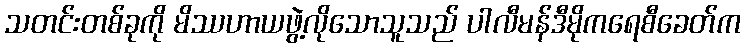
သတင်းတစ်ခုကို မိဿဟာယဖွဲ့လိုသောသူသည် ပါလီမန်ဒီမိုကရေစီခေတ်က